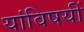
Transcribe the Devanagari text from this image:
यांविषयीं